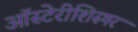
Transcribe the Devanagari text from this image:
ऑस्टेरीशिस्षर